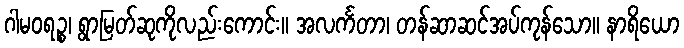
ဂါမဝရဉ္စ၊ ရွာမြတ်ဆုကိုလည်းကောင်း။ အလင်္ကတာ၊ တန်ဆာဆင်အပ်ကုန်သော။ နာရိယော